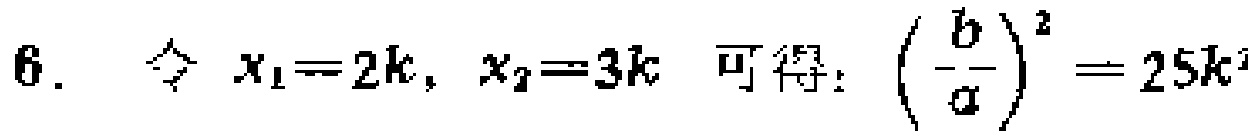
6. 令 \(x_1 = 2k,\ x_2 = 3k\) 可得：\(\left(-\frac{b}{a}\right)^2 = 25k^{2}\)